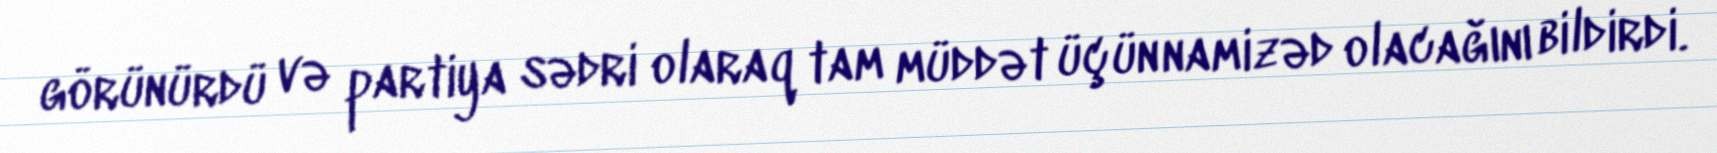
görünürdü və partiya sədri olaraq tam müddət üçün namizəd olacağını bildirdi.